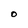
Character: O